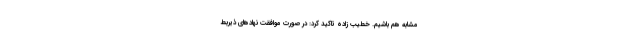
مشابه هم باشیم. خطیب زاده تاکید کرد: در صورت موافقت نهادهای ذیربط